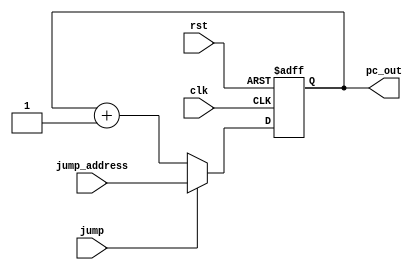
module PC (jump_address, pc_out, jump,   clk, rst); 
		parameter N = 32; 
		
		input clk, rst, jump;
		input [N-1:0] jump_address;
		output reg [N-1:0] pc_out; 
		
		always @(posedge clk or posedge rst)
		begin
			if (rst)
				pc_out <=0; 
			else begin
				if (jump) pc_out <= jump_address;
				else 
					pc_out <= pc_out + 1; 
			end 
		end
endmodule